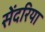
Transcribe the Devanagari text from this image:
सेंदरिया